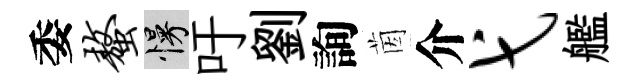
委螯慢吁劉詢茵介弋艦